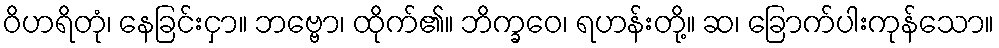
ဝိဟရိတုံ၊ နေခြင်းငှာ။ ဘဗ္ဗော၊ ထိုက်၏။ ဘိက္ခဝေ၊ ရဟန်းတို့။ ဆ၊ ခြောက်ပါးကုန်သော။